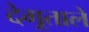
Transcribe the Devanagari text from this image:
देगूताले